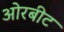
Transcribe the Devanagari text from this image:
ओरबीट